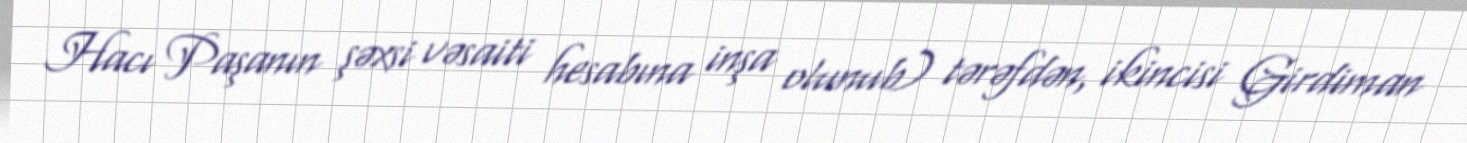
Hacı Paşanın şəxsi vəsaiti hesabına inşa olunub) tərəfdən, ikincisi Girdiman